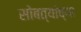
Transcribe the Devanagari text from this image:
सोबत्यांच्या